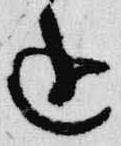
進